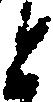
と